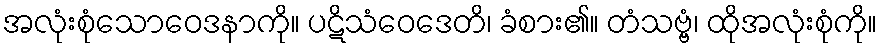
အလုံးစုံသောဝေဒနာကို။ ပဋိသံဝေဒေတိ၊ ခံစား၏။ တံသဗ္ဗံ၊ ထိုအလုံးစုံကို။